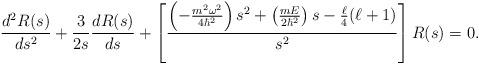
LaTeX: \begin{align*}\frac{d^2R(s)}{ds^2}+\frac{3}{2s}\frac{dR(s)}{ds}+\left[\frac{\left(-\frac{m^2\omega^2}{4\hbar^2}\right)s^2+\left(\frac{mE}{2\hbar^2}\right)s-\frac{\ell}{4}(\ell+1)}{s^2}\right]R(s)=0.\end{align*}